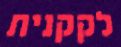
לקקנית